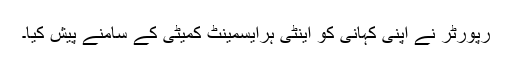
رپورٹر نے اپنی کہانی کو اینٹی ہرایسمینٹ کمیٹی کے سامنے پیش کیا۔